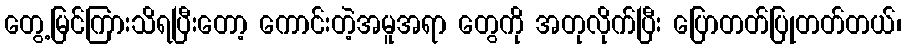
တွေ့မြင်ကြားသိရပြီးတော့ ကောင်းတဲ့အမူအရာ တွေကို အတုလိုက်ပြီး ပြောတတ်ပြုတတ်တယ်၊